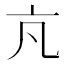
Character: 𪜠